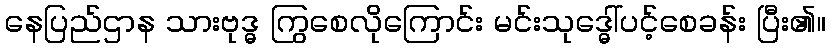
နေပြည်ဌာန သားဗုဒ္ဓ ကြွစေလိုကြောင်း မင်းသုဒ္ဓေါ်ပင့်စေခန်း ပြီး၏။